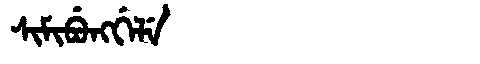
Manchu: ᠰᡳᠮᡳᠪᡠᠩᡤᡝᠯᡝ
Romanization: SIMIBUNGGELE